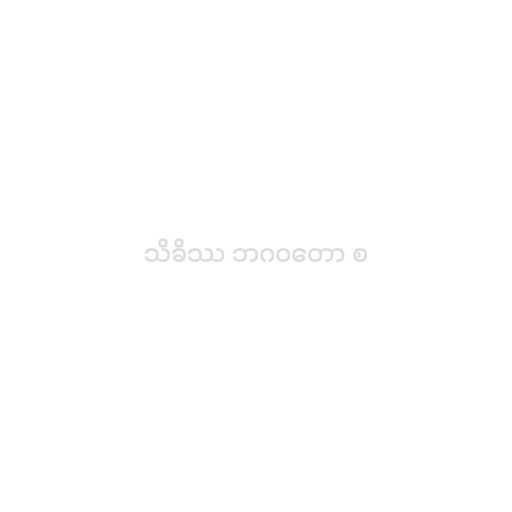
သိခိဿ ဘဂဝတော စ